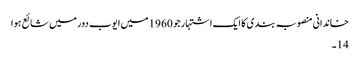
خاندانی منصوبہ بندی کا ایک اشتہار جو 1960 میں ایوب دور میں شائع ہوا
14۔